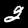
Label: 2